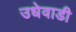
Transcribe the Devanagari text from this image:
उधेवाडी